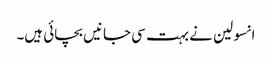
انسولین نے بہت سی جانیں‌ بچائی ہیں۔